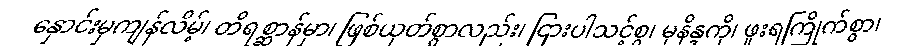
နှောင်းမှကျန်လိမ့်၊ တိရစ္ဆာန်မှာ၊ ဖြစ်ယုတ်စွာလည်း၊ ငြားပါသင့်စွ၊ မုနိန္ဒကို၊ ဖူးရကြိုက်စွာ၊